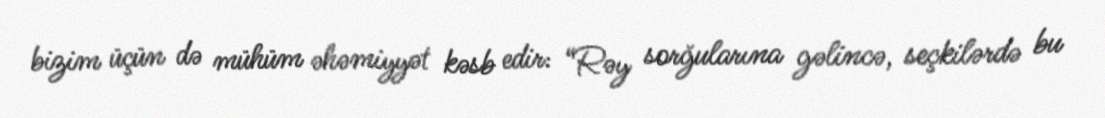
bizim üçün də mühüm əhəmiyyət kəsb edir: “Rəy sorğularına gəlincə, seçkilərdə bu